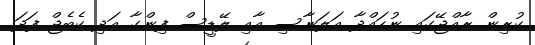
ކުރިން ރާއްޖޭގައި ނުހައްދާ އަލަނާސި އާއި ލޭޑީސް ފިންގާ އަދި ކެބެޖް ފަދަ